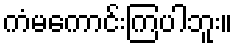
ကံမကောင်းကြပါဘူး။